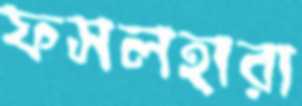
ফসলহারা